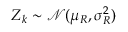
Z _ { k } \sim \mathcal N ( \mu _ { R } , \sigma _ { R } ^ { 2 } )